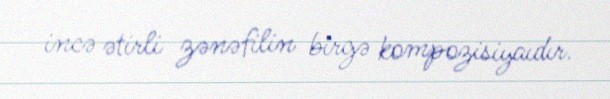
incə ətirli zənəfilin birgə kompozisiyaıdır.